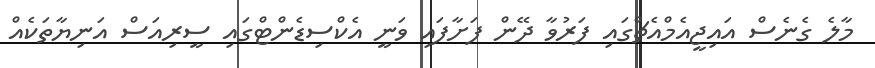
މާލެ ގެނެސް އައިޖީއެމްއެޗްގައި ފަރުވާ ދޭން ފަށާފައި ވަނީ އެކްސިޑެންޓްގައި ސީރިއަސް އަނިޔާތަކެއް